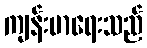
ကျန်းမာရေးသည်